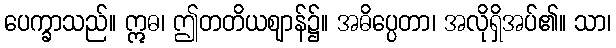
ပေက္ခာသည်။ ဣဓ၊ ဤတတိယဈာန်၌။ အဓိပ္ပေတာ၊ အလိုရှိအပ်၏။ သာ၊